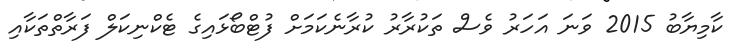
ކާމިޔާބު 2015 ވަނަ އަހަރު ވެސް ތަކުރާރު ކުރާނެކަމަށް ފުޓްބޯޅައިގެ ޓެކްނިކަލް ފަރާތްތަކާއި